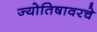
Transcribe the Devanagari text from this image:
ज्योतिषावरचे